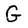
Character: G